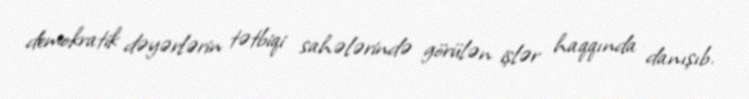
demokratik dəyərlərin tətbiqi sahələrində görülən işlər haqqında danışıb.